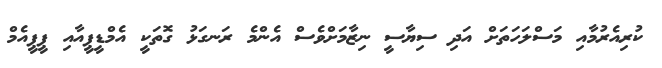
ކުރިއެރުމާއި މަސްލަހަތަށް އަދި ސިޔާސީ ނިޒާމަށްވެސް އެންމެ ރަނގަޅު ގޮތަކީ އެމްޑީޕީއާއި ޕީޕީއެމް